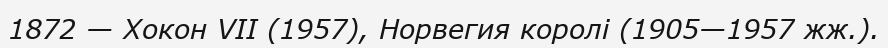
1872 — Хокон VII (1957), Норвегия королі (1905—1957 жж.).